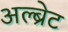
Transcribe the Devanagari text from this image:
अल्ब्रेट